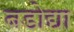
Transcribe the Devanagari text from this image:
बडोद्या